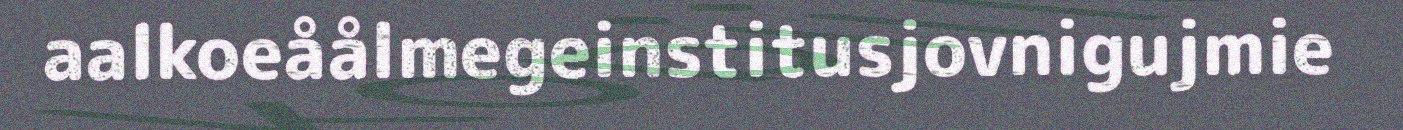
aalkoeåålmegeinstitusjovnigujmie